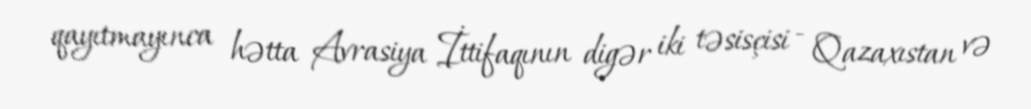
qayıtmayınca hətta Avrasiya İttifaqının digər iki təsisçisi - Qazaxıstan və